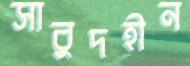
সাবুদহীন